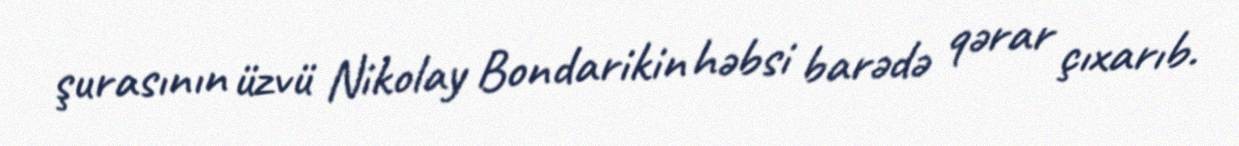
şurasının üzvü Nikolay Bondarikin həbsi barədə qərar çıxarıb.